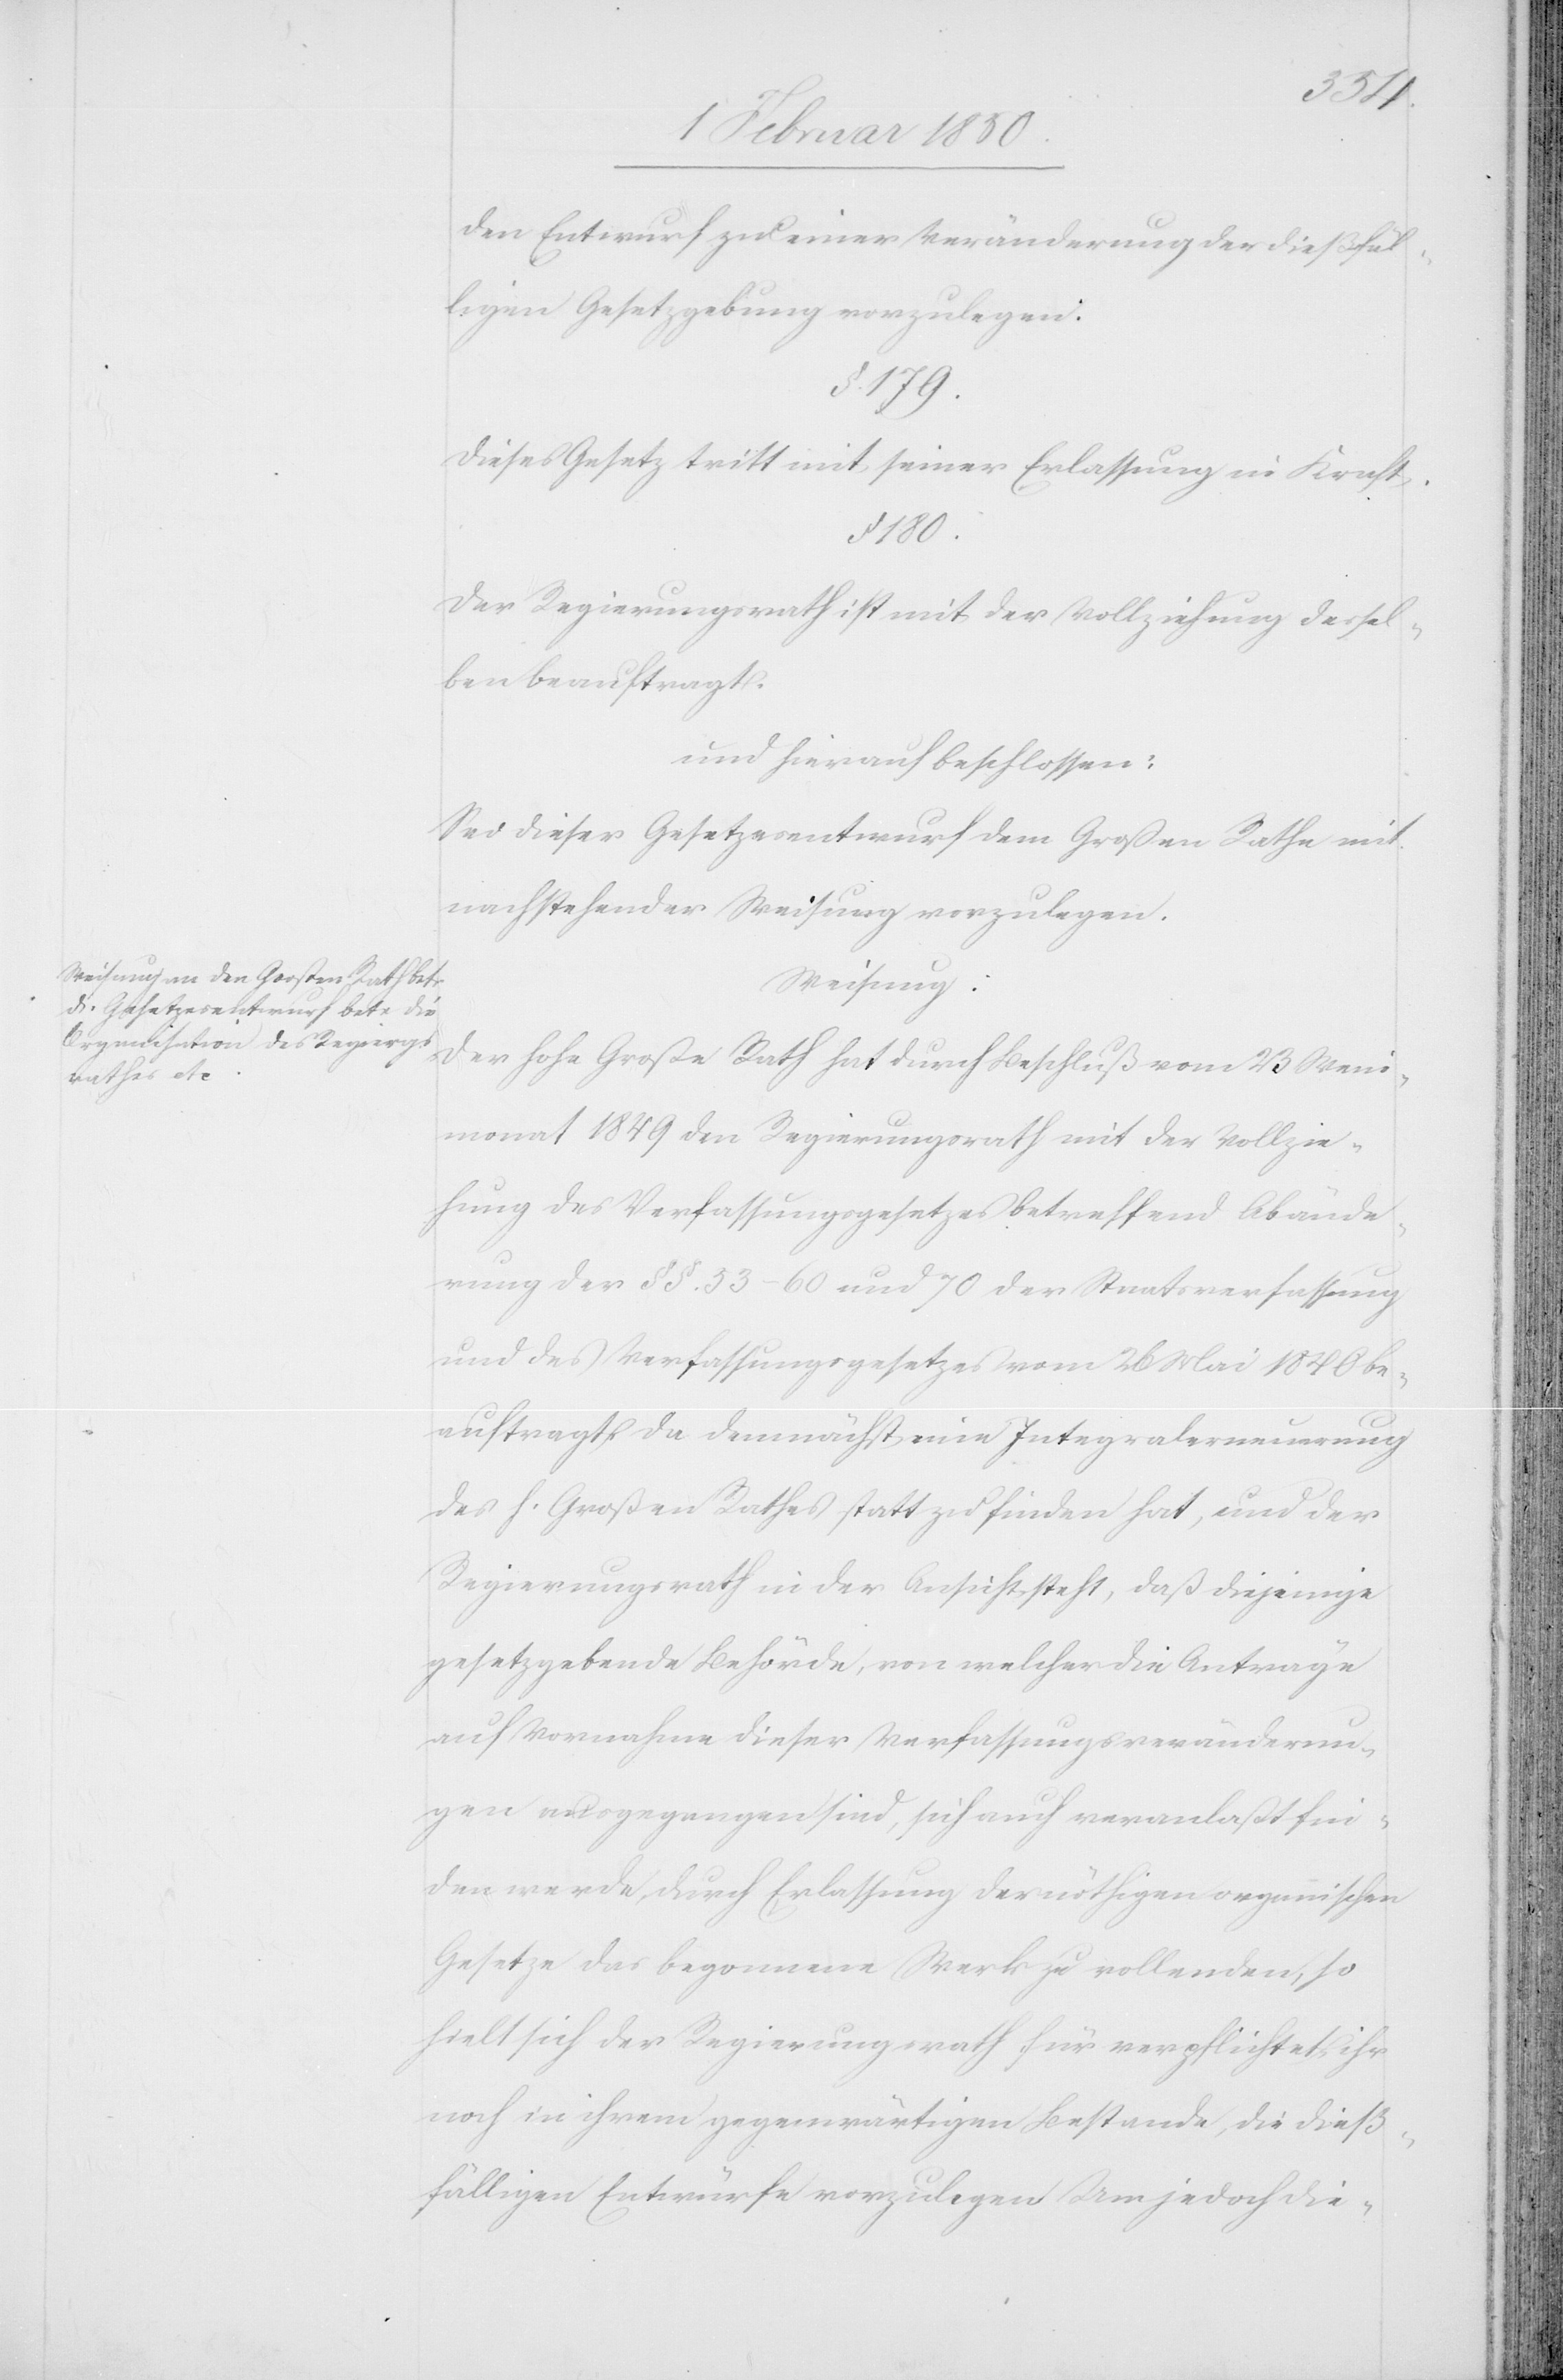
den Entwurf zu einer Veränderung der dießfäl¬
ligen Gesetzgebung vorzulegen:
§. 179.
Dieses Gesetz tritt mit seiner Erlassung in Kraft.
§. 180.
Der Regierungsrath ist mit der Vollziehung dessel¬
ben beauftragt.
und hierauf beschlossen:
Sei dieser Gesetzesentwurf dem Großen Rathe mit
nachstehender Weisung vorzulegen.
Weisung:
Der hohe Große Rath hat durch Beschluß vom 23 Wein¬
monat 1849 den Regierungsrath mit der Vollzie¬
hung des Verfassungsgesetzes betreffend Abände¬
rung der §. §. 53–60 und 70 der Staatsverfassung
und des Verfassungsgesetzes vom 26 Mai 1840 be¬
auftragt, da demnächst eine Integralerneuerung
des h. Großen Rathes statt zu finden hat, und der
Regierungsrath in der Ansicht steht, daß diejenige
gesetzgebende Behörde, von welcher die Anträge
auf Vornahme dieser Verfassungsveränderun¬
gen ausgegangen sind, sich auch veranlaßt fin¬
den werde, durch Erlassung der nöthigen organnischen
Gesetze das begonnene Werk zu vollenden, so
hielt sich der Regierungsrath für verpflichtet, ihr
noch in ihrem gegenwärtigen Bestande, die dieß¬
fälligen Entwürfe vorzulegen. Um jedoch die-